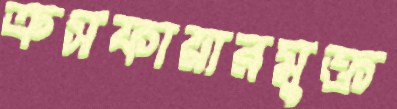
ক্রসফায়ারমুক্ত